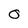
Character: O